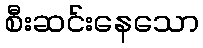
စီးဆင်းနေသော